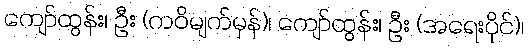
ကျော်ထွန်း၊ ဦး (ကဝိမျက်မှန်)၊ ကျော်ထွန်း၊ ဦး (အရေးပိုင်)၊